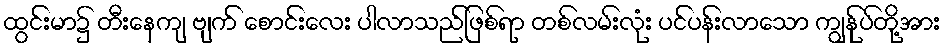
ထွင်းမာ၌ တီးနေကျ ဗျက် စောင်းလေး ပါလာသည်ဖြစ်ရာ တစ်လမ်းလုံး ပင်ပန်းလာသော ကျွန်ုပ်တို့အား